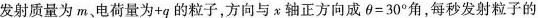
发射质量为m、电荷量为+q的粒子，方向与x轴正方向成θ=30^{°}角，每秒发射粒子的